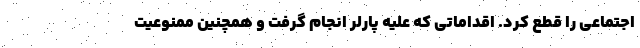
اجتماعی را قطع کرد. اقداماتی که علیه پارلر انجام گرفت و همچنین ممنوعیت